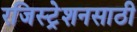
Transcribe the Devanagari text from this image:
रजिस्ट्रेशनसाठी